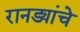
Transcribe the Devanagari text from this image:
रानड्यांचे